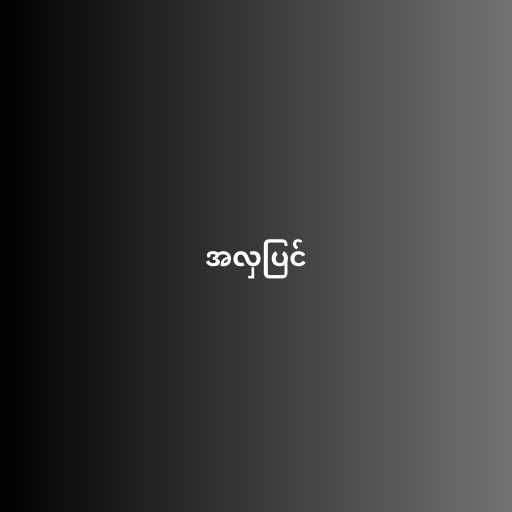
အလှပြင်